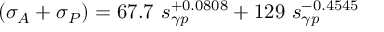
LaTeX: ( \sigma _ { A } + \sigma _ { P } ) = 6 7 . 7 \ s _ { \gamma p } ^ { + 0 . 0 8 0 8 } + 1 2 9 \ s _ { \gamma p } ^ { - 0 . 4 5 4 5 }